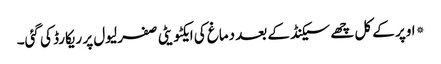
*اوپر کے کل چھے سیکنڈ کے بعد دماغ کی ایکٹویٹی صفر لیول پر ریکارڈ کی گئی۔